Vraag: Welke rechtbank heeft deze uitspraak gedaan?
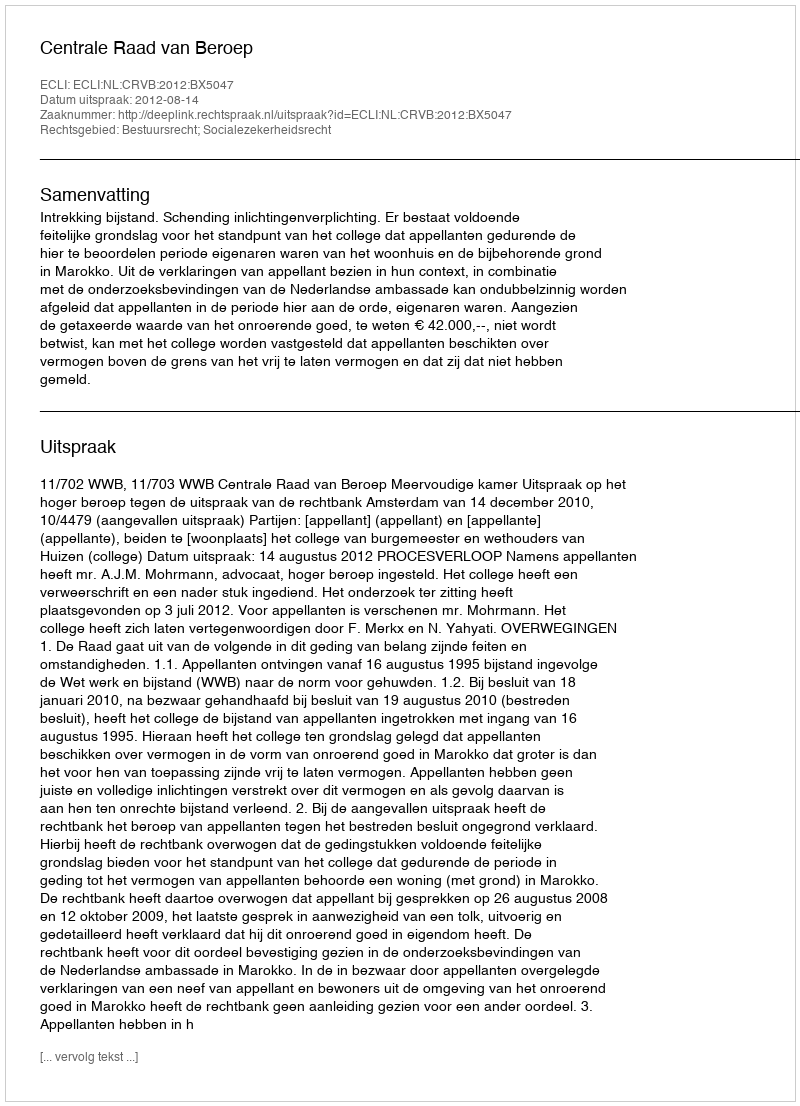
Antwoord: Centrale Raad van Beroep